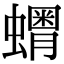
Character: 𧒞